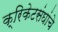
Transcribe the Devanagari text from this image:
क्रिकेटसंघांचे